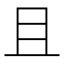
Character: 且